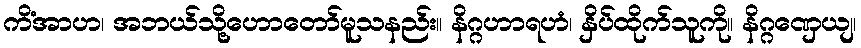
ကိံအာဟ၊ အဘယ်သို့ဟောတော်မူသနည်း။ နိဂ္ဂဟာရဟံ၊ နှိပ်ထိုက်သူကို။ နိဂ္ဂဏှေယျ၊